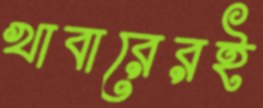
খাবারেরই